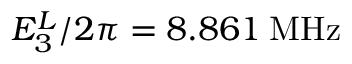
E _ { 3 } ^ { L } / 2 \pi = 8 . 8 6 1 \: \mathrm { M H z }